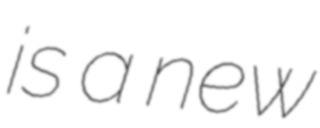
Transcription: is a new